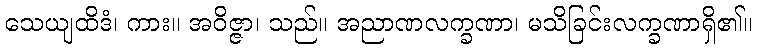
သေယျထိဒံ၊ ကား။ အဝိဇ္ဇာ၊ သည်။ အညာဏလက္ခဏာ၊ မသိခြင်းလက္ခဏာရှိ၏။